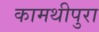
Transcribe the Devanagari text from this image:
कामथीपुरा